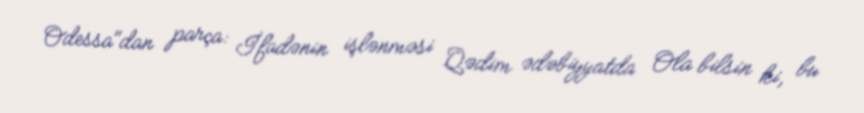
Odessa"dan parça: İfadənin işlənməsi Qədim ədəbiyyatda Ola bilsin ki, bu